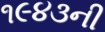
૧૯૪૩ની